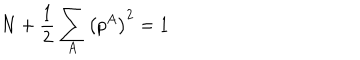
N + \frac { 1 } { 2 } \sum _ { A } \left( p ^ { A } \right) ^ { 2 } = 1